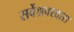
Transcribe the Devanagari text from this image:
सर्वेश्रवरदास